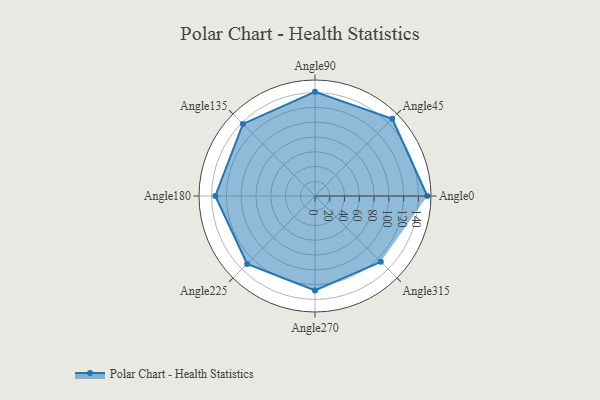
{"axis": {"x": "Angle", "y": "Radius"}, "legend": [""], "data": [{"x": "Angle0", "y": 152.0, "type": ""}, {"x": "Angle45", "y": 148.0, "type": ""}, {"x": "Angle90", "y": 141.0, "type": ""}, {"x": "Angle135", "y": 138.0, "type": ""}, {"x": "Angle180", "y": 135.0, "type": ""}, {"x": "Angle225", "y": 130.0, "type": ""}, {"x": "Angle270", "y": 128.0, "type": ""}, {"x": "Angle315", "y": 126.0, "type": ""}]}